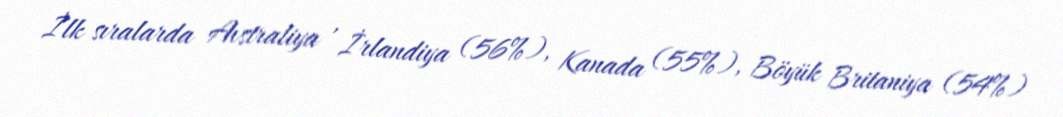
İlk sıralarda Avstraliya , İrlandiya (56%), Kanada (55%), Böyük Britaniya (54%)